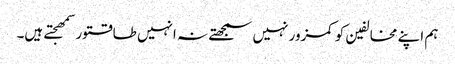
ہم اپنے مخالفین کو کمزور نہیں سمجھتے نہ انہیں طاقتور سمھجتے ہیں۔